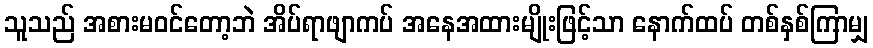
သူသည် အစားမဝင်တော့ဘဲ အိပ်ရာဖျာကပ် အနေအထားမျိုးဖြင့်သာ နောက်ထပ် တစ်နှစ်ကြာမျှ